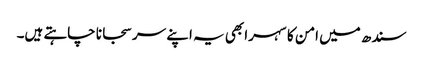
سندھ میں امن کا سہرا بھی یہ اپنے سر سجانا چاہتے ہیں۔